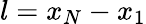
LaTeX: l=x_{N}-x_{1}